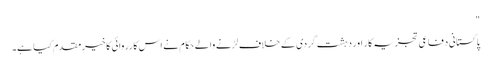
"
پاکستانی دفاعی تجزیہ کار اور دہشت گردی کے خلاف لڑنے والے حکام نے اس کارروائی کا خیرمقدم کیا ہے۔